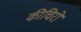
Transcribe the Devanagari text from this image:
कीचिरो